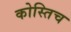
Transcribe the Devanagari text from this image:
कोस्तिच